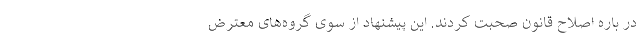
در باره اصلاح قانون صحبت کردند. این پیشنهاد از سوی گروه‌های معترض